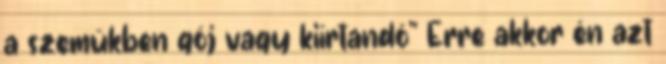
a szemükben gój vagy kiírtandó" Erre akkor én azt